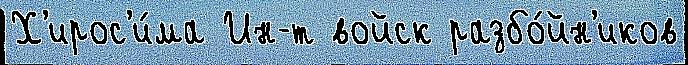
Х'ирос'и́ма Ин-т войск разбо́йн'иков